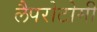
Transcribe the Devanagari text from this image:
लैपरोटोमी